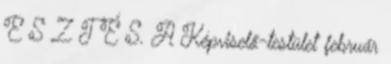
E S Z T É S. A Képviselő-testület február